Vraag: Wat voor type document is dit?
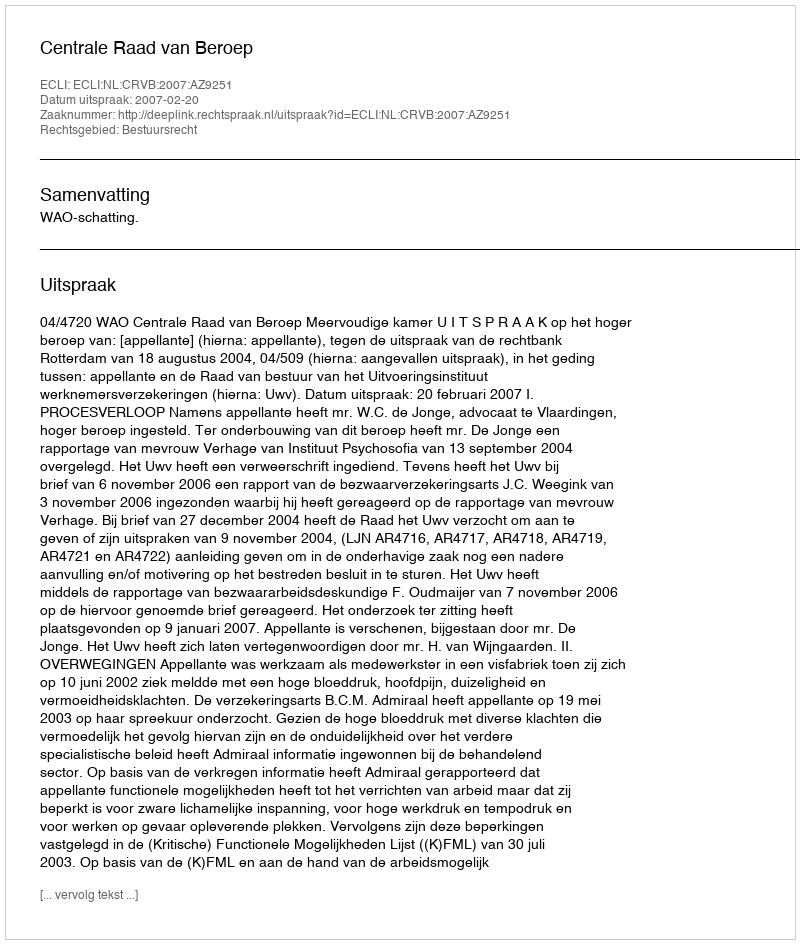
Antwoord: Uitspraak